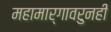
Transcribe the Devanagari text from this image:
महामार्गावरुनही